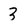
Character: 3